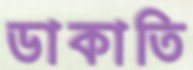
ডাকাতি